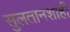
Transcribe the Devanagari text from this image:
सुलतानशाही